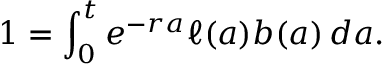
1 = \int _ { 0 } ^ { t } e ^ { - r a } \ell ( a ) b ( a ) \, d a .